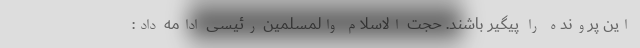
این پرونده را پیگیر باشند. حجت الاسلام والمسلمین رئیسی ادامه داد: